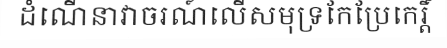
ដំណើនាវាចរណ៍លើសមុទ្រកែប្រែកេរ្តិ៍